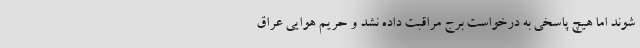
شوند اما هیچ پاسخی به درخواست برج مراقبت داده نشد و حریم هوایی عراق